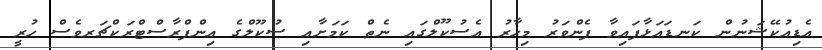
އެޑިއުކޭޝަނުން ކަނޑައަޅާފައިވާ ފެންވަރު މިހާރު އެސުކޫލްގައި ނެތް ކަމަށާއި ސުކޫލްގެ އިންފްރާސްޓްރަކްޗަރވެސް ހުރީ